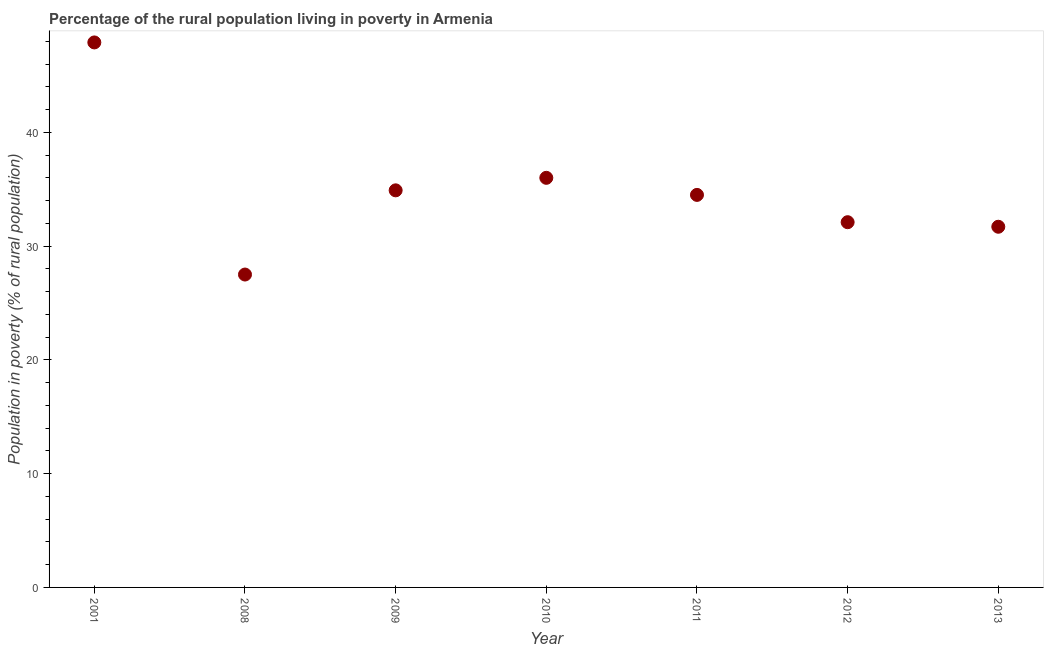
| Year | Rural poverty headcount ratio |
 | --- | --- |
 | 2001 | 47.9 |
 | 2008 | 27.5 |
 | 2009 | 34.9 |
 | 2010 | 36 |
 | 2011 | 34.5 |
 | 2012 | 32.1 |
 | 2013 | 31.7 |